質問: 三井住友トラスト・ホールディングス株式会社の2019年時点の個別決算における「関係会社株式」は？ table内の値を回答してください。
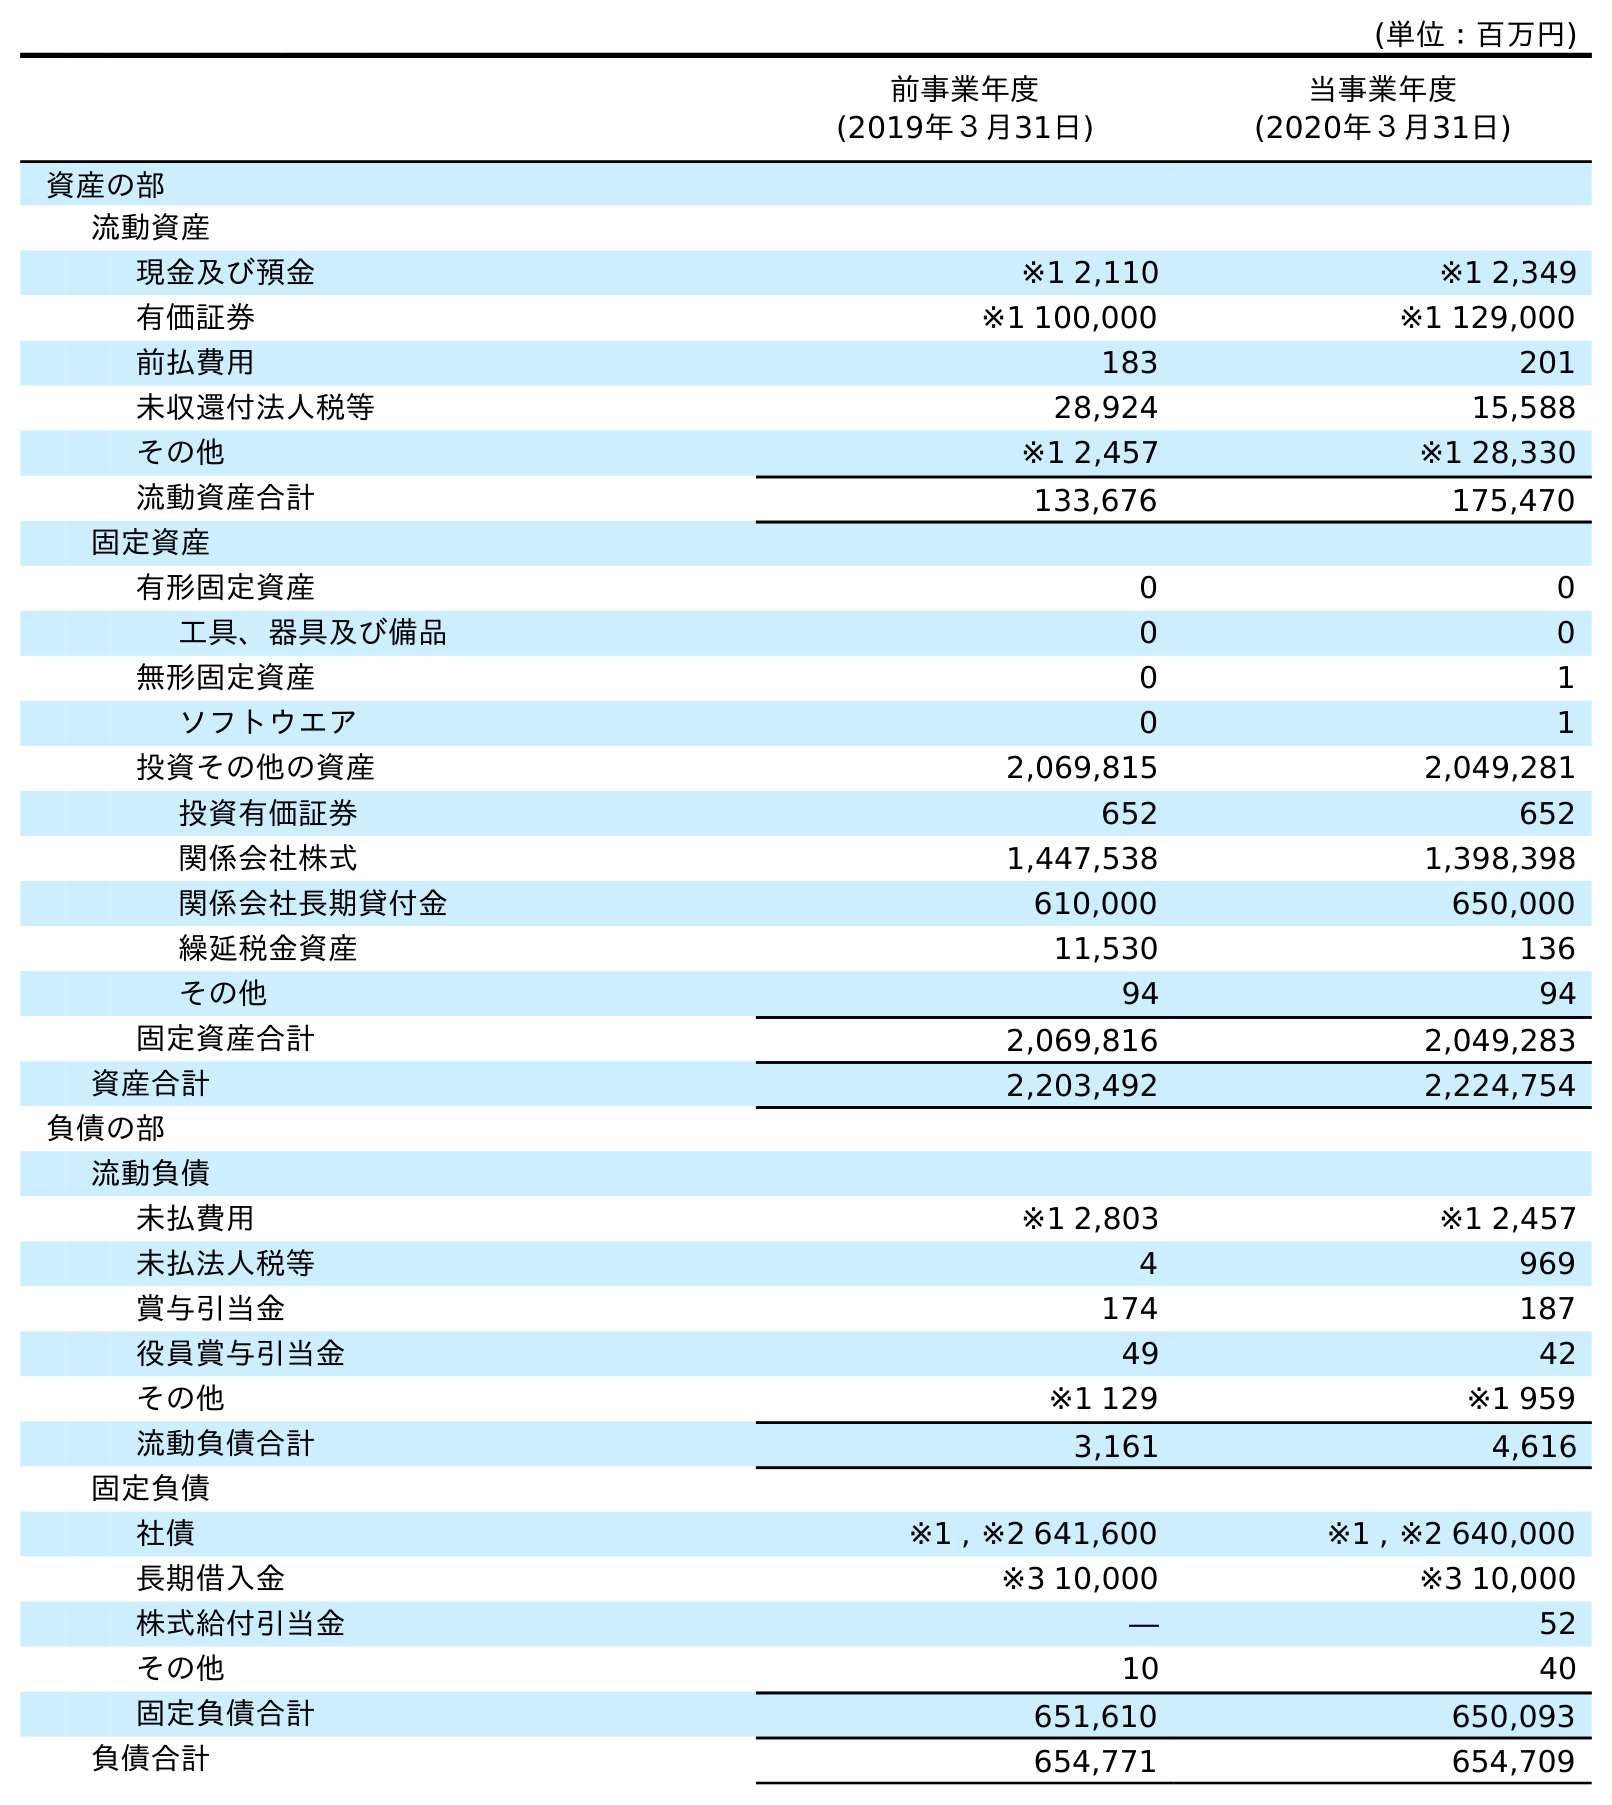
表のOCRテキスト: (単位：百万円) 前事業年度 (2019年３月31日) 当事業年度 (2020年３月31日) 資産の部 流動資産 現金及び預金 ※1 2,110 ※1 2,349 有価証券 ※1 100,000 ※1 129,000 前払費用 183 201 未収還付法人税等 28,924 15,588 その他 ※1 2,457 ※1 28,330 流動資産合計 133,676 175,470 固定資産 有形固定資産 0 0 工具、器具及び備品 0 0 無形固定資産 0 1 ソフトウエア 0 1 投資その他の資産 2,069,815 2,049,281 投資有価証券 652 652 関係会社株式 1,447,538 1,398,398 関係会社長期貸付金 610,000 650,000 繰延税金資産 11,530 136 その他 94 94 固定資産合計 2,069,816 2,049,283 資産合計 2,203,492 2,224,754 負債の部 流動負債 未払費用 ※1 2,803 ※1 2,457 未払法人税等 4 969 賞与引当金 174 187 役員賞与引当金 49 42 その他 ※1 129 ※1 959 流動負債合計 3,161 4,616 固定負債 社債 ※1 , ※2 641,600 ※1 , ※2 640,000 長期借入金 ※3 10,000 ※3 10,000 株式給付引当金 ― 52 その他 10 40 固定負債合計 651,610 650,093 負債合計 654,771 654,709
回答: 1,447,538